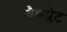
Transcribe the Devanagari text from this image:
बैकप्लेट